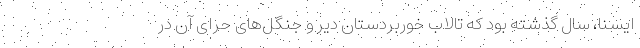
ایسنا، سال گذشته بود که تالاب خوربردستان دیّر و جنگل‌های حرای آن در